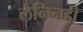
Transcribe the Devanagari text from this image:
लेनिनही